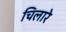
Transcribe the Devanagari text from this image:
चिलारे